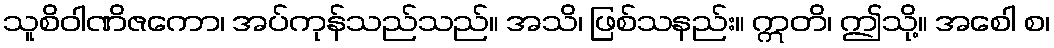
သူစိဝါဏိဇကော၊ အပ်ကုန်သည်သည်။ အသိ၊ ဖြစ်သနည်း။ ဣတိ၊ ဤသို့။ အစေါ စ၊